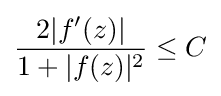
{\frac {2|f'(z)|}{1+|f(z)|^{2}}}\leq C